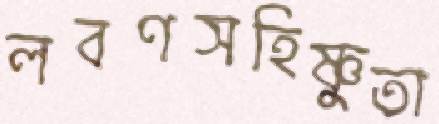
লবণসহিষ্ণুতা